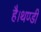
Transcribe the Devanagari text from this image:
है।थण्डी